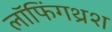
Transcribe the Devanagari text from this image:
लॉफिंगथ्रश